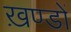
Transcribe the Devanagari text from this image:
ख़ण्डों